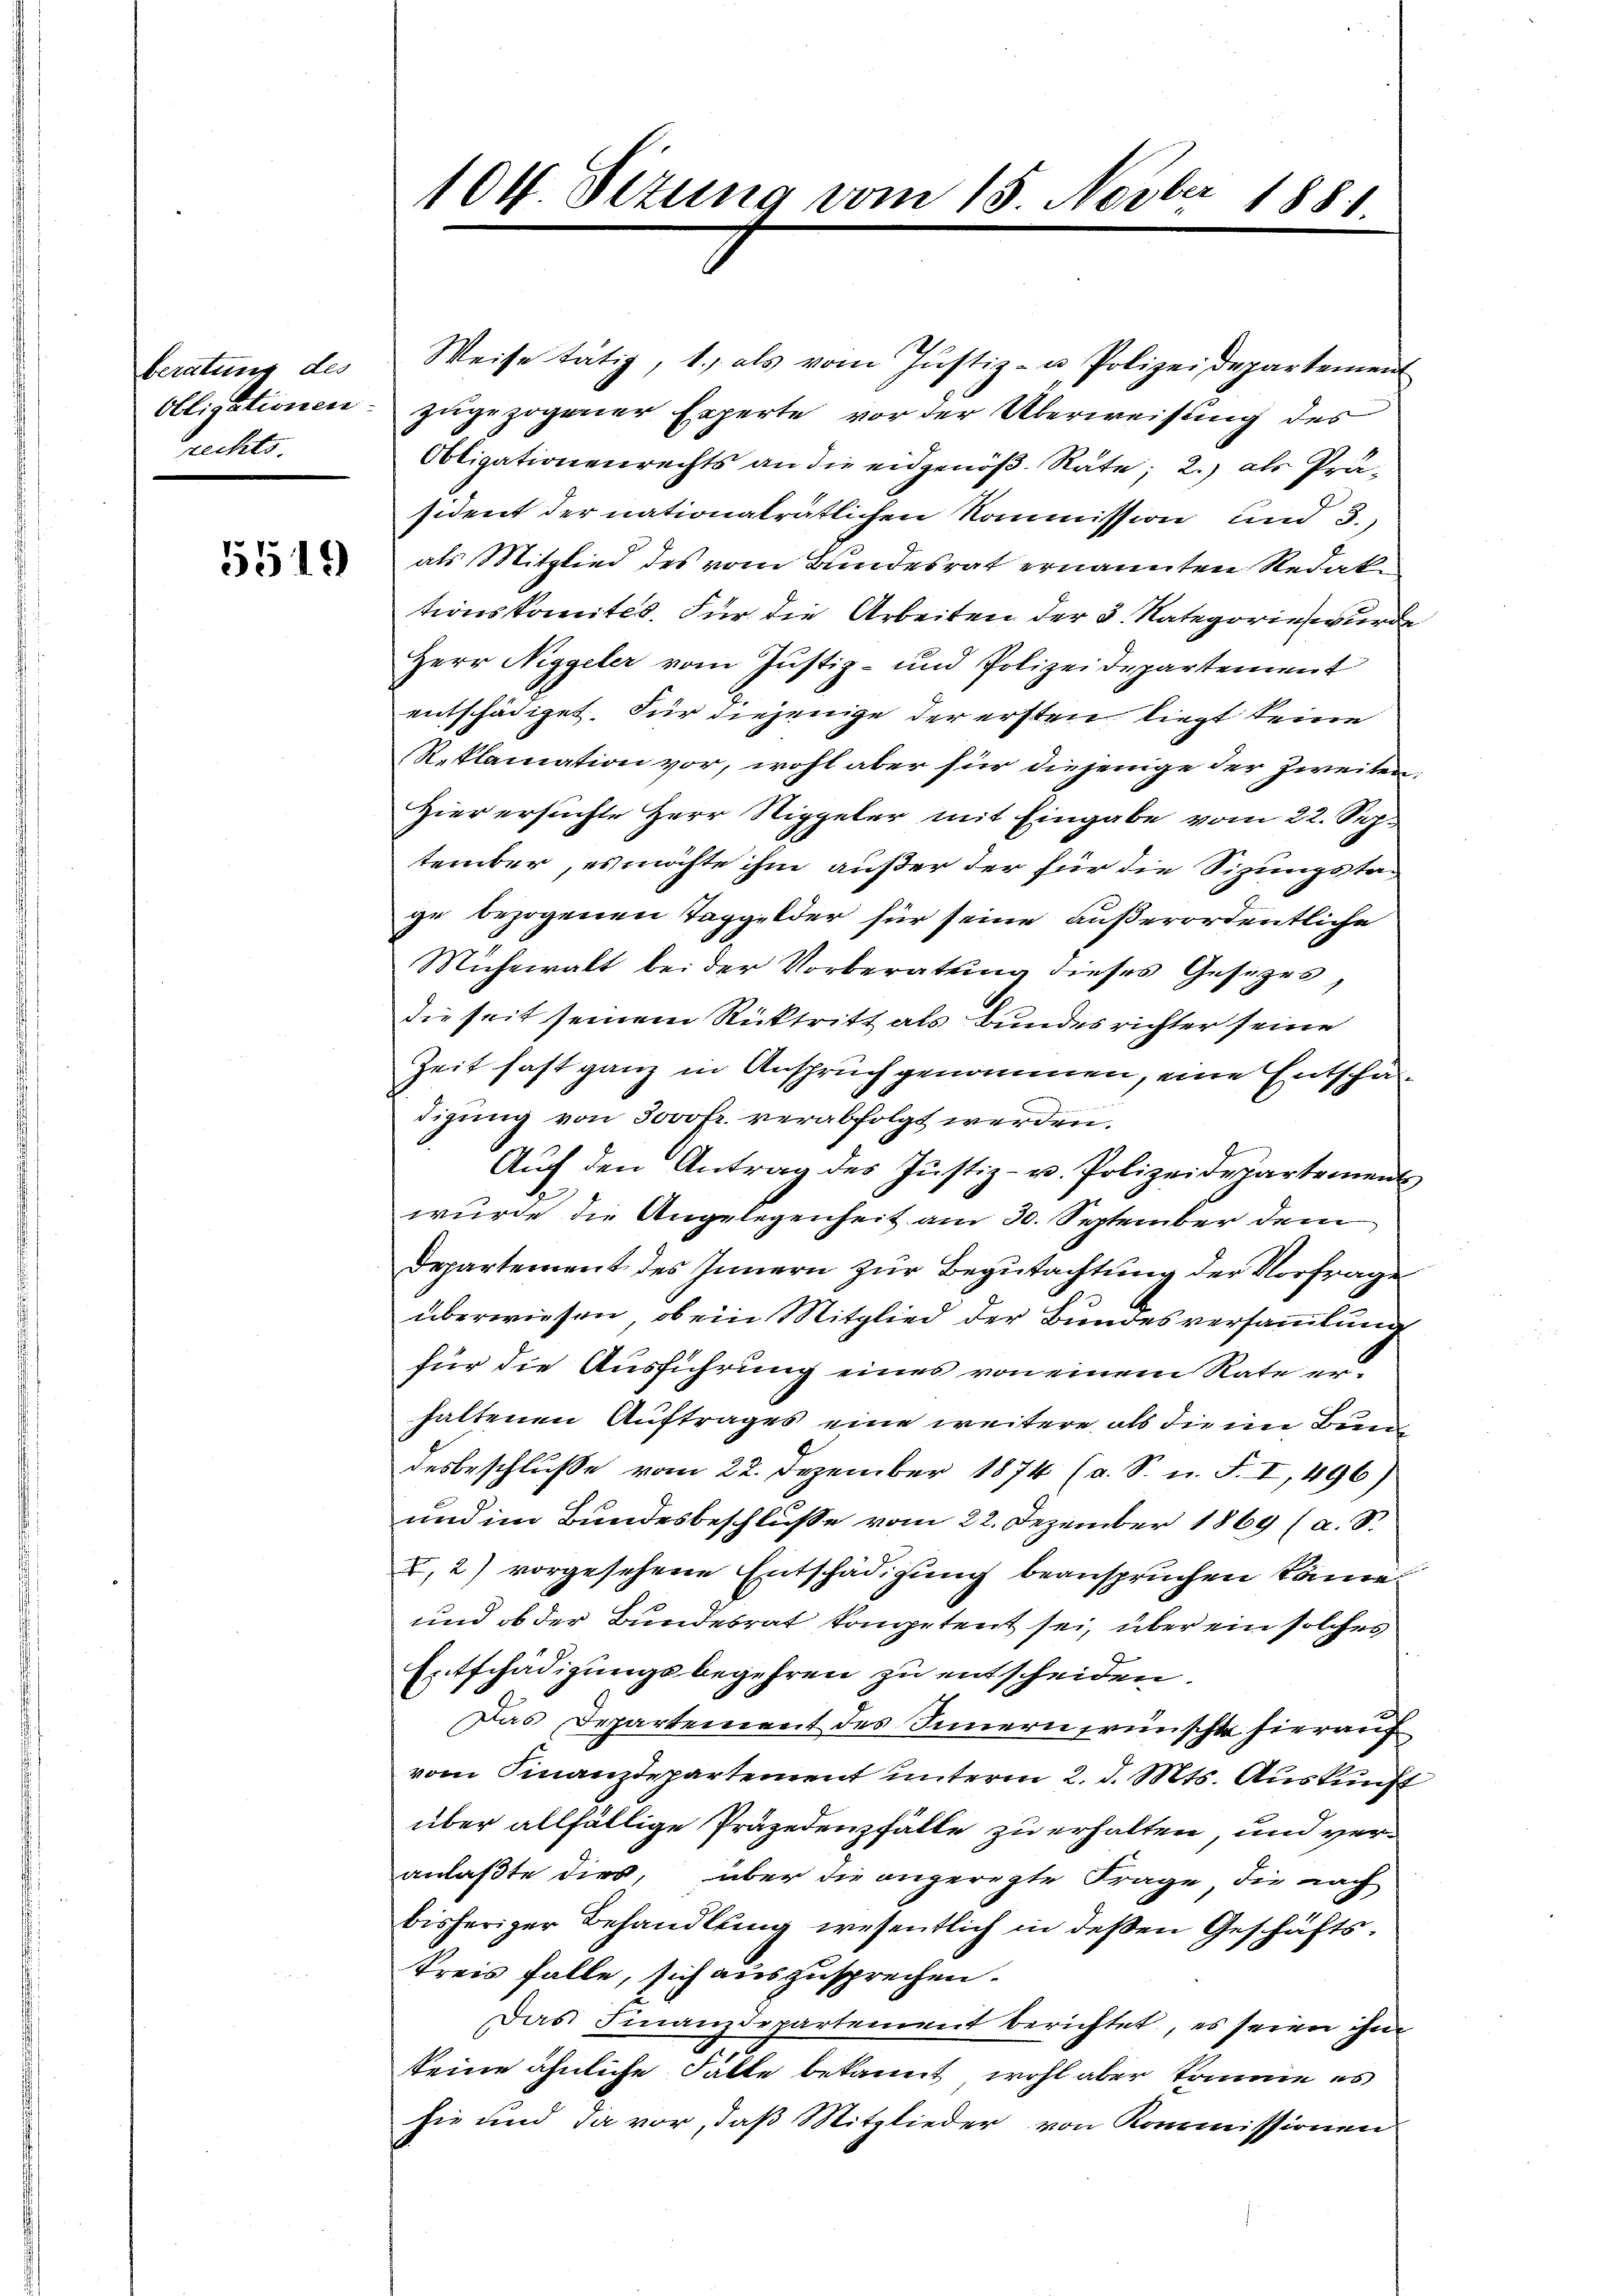
beratung des
rechts.

5519)

104. Sizung vom 15. Novber 1881.

Weise tätig, 1., als vom Justiz- u. Polizeidepartement
bligationen zugezogener Experte vor der Überweisung des
Obligationenrechts an die eidgenöß. Räte; 2.) als Präsident der nationalrätlichen Kommission und 3.
als Mitglied des vom Bundesrat ernannten Redak
tionskomites. Für die Arbeiten der 3. Nategorie wurde
Herr Niggeler vom Justiz- und Polizeidepartement
entschädiget. Für diejenige der ersten liegt keine
Reklamation vor, wohl aber für diejenige der Zweiten,
Hier ersuchte Herr Sippeler mit Eingabe vom 22. Sep.
tember, es möchte ihm außer der für die Sizungstage bezogenen Taggelder für seine außerordentliche
Mühewalt bei der Vorberatung dieses Gesezes
die seit seinem Rücktritt als Bundes richter seine
Zeit fast ganz in Anspruch genommen, eine Entschafdigŭng von Jovofr. verabfolgt werden.
Aŭf den Antrag des Justiz- u. Polizeidepartement
wurde die Angelegenheit am 30. September dem
Departement des Innern zur Begutachtung der Vorfrage
überwiesen, ob ein Mitglied der Bundesversammlung
für die Ausführung eines von einem Rate erhaltenen Auftrages eine weitere als die im Bun
desbeschluße vom 22. Dezember 1874 (a. S. n. F. I, 496)
und im Bundesbeschluße vom 22. Dezember 1869 (a. S.
, 2) vorgesehene Entschädigung beanspruchen könne
und ob der Bundesrat kompetent sei, über ein solches
Entschädigungsbegehren zu entscheiden.
Das Departement des Innern wünschte hierauf
vom Finanzdepartement unterm 2. d. Mts. Auskunft
über allfällige Präjedenzfälle zu erhalten, und veranlaßte dies, über die angeregte Frage, die nach
bisheriger Behandlung wesentlich in deßen Geschäftskreis falle, sich auszusprechen.
Das Finanzdepartement berichtet, es seien ihm
keine ähnliche Fatte bekannt wohl aber komme es
hie und da vor, daß Mitglieder von Kommissionen